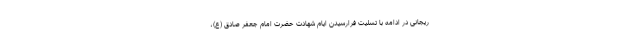
ریجانی در ادامه با تسلیت فرارسیدن ایام شهادت حضرت امام جعفر صادق (ع)،